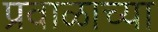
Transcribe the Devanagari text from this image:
प्रवाळाच्या